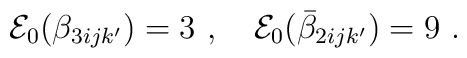
{\cal E}_0(\beta_{3ijk'}) = 3 ~,~~~{\cal E}_0(\bar\beta_{2ijk'}) = 9 ~.